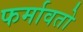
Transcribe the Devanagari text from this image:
फर्मावतो